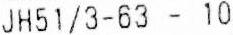
JH51/3-63 - 10